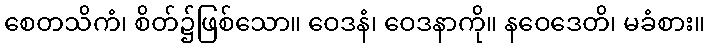
စေတသိကံ၊ စိတ်၌ဖြစ်သော။ ဝေဒနံ၊ ဝေဒနာကို။ နဝေဒေတိ၊ မခံစား။